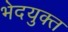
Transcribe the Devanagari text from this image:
भेदयुक्त